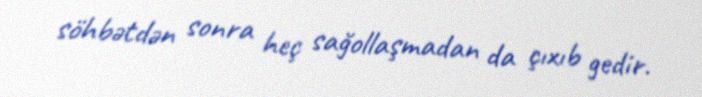
söhbətdən sonra heç sağollaşmadan da çıxıb gedir.